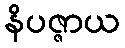
နိပဇ္ဇာယ